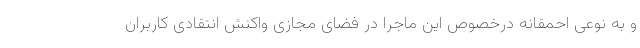
و به نوعی احمقانه درخصوص این ماجرا در فضای مجازی واکنش انتقادی کاربران